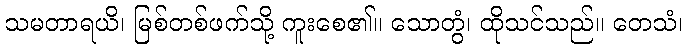
သမတာရယိ၊ မြစ်တစ်ဖက်သို့ ကူးစေ၏။ သောတွံ၊ ထိုသင်သည်။ တေသံ၊